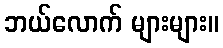
ဘယ်လောက် များများ။